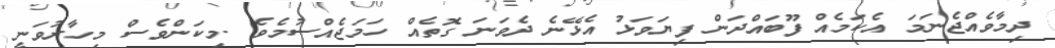
ދިމާވެއްޖެނަމަ އެކަމެއް ފޫބައްދަން ފިޔަވަޅު އެޅޭނެ ދެވަނަ ގޮތެއް ހަމަޖެއްސުމެވެ .މިކަންވެސް މިހާރުވަނީ